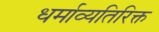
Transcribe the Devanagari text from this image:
धर्माव्यतिरिक्त